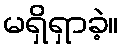
မရှိရှာခဲ့။